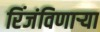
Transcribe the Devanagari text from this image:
रिंजंविणार्‍या